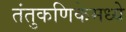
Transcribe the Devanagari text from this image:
तंतुकणिकेमध्ये